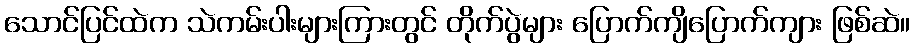
သောင်ပြင်ထဲက သဲကမ်းပါးများကြားတွင် တိုက်ပွဲများ ပြောက်ကျိပြောက်ကျား ဖြစ်ဆဲ။